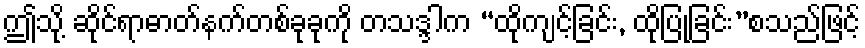
ဤသို့ ဆိုင်ရာဓာတ်နက်တစ်ခုခုကို တသဒ္ဒါက “ထိုကျင့်ခြင်း, ထိုပြုခြင်း”စသည်ဖြင့်